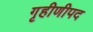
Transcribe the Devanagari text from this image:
गृहीणीपद